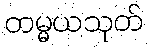
တမ္မယသုတ်